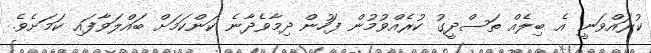
ކުރައްވަނީ އެ ބިލެއް ތަސްދީގު ކުރެއްވުމުން ފަހުން ދިމާވެދާނެ ކަންކަމަށް ބައްލަވާފައި ކަމަށެވެ.